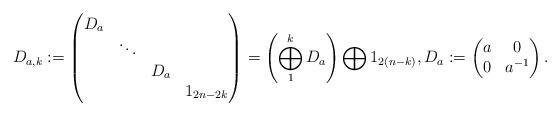
LaTeX: \begin{align*}D_{a,k} := \begin{pmatrix}D_{a} \\& \ddots \\&&D_{a} \\&&&1_{2n-2k}\end{pmatrix}= \left(\bigoplus_{1}^{k}D_{a}\right) \bigoplus 1_{2(n-k)}, D_{a} :=\begin{pmatrix}a & 0 \\0 & a^{-1}\end{pmatrix}.\end{align*}